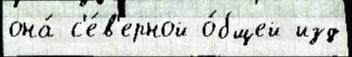
она́ с'е́в'ерной о́бщей изд